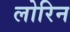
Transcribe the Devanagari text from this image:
लोरिन